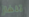
تلفاز